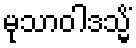
မုသာဝါဒသ္မိံ